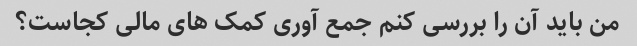
من باید آن را بررسی کنم جمع آوری کمک های مالی کجاست؟